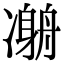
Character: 𠘇